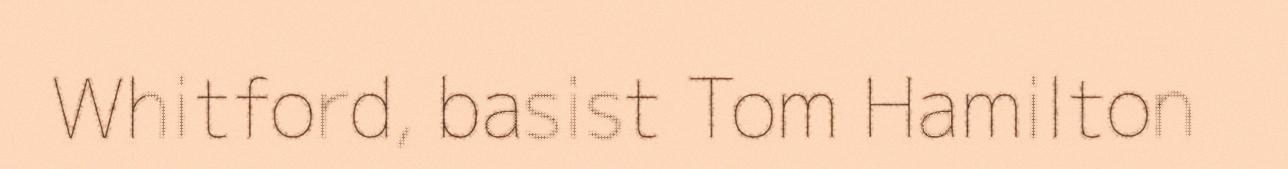
Whitford, basist Tom Hamilton